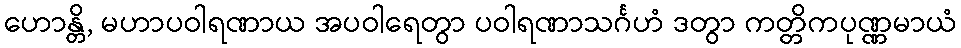
ဟောန္တိ, မဟာပဝါရဏာယ အပဝါရေတွာ ပဝါရဏာသင်္ဂဟံ ဒတွာ ကတ္တိကပုဏ္ဏမာယံ